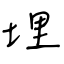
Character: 埋